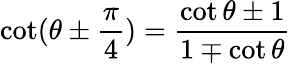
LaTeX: \cot(\theta\pm{\frac{\pi}{4}})={\frac{\cot\theta\pm 1}{1\mp\cot\theta}}